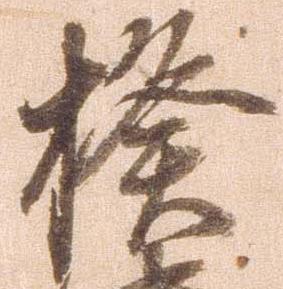
揆